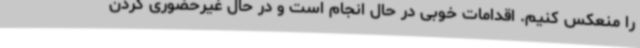
را منعکس کنیم. اقدامات خوبی در حال انجام است و در حال غیرحضوری کردن